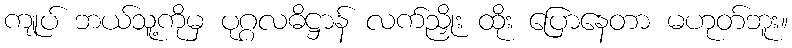
ကျုပ် ဘယ်သူ့ကိုမှ ပုဂ္ဂလဓိဋ္ဌာန် လက်ညှိုး ထိုး ပြောနေတာ မဟုတ်ဘူး။